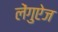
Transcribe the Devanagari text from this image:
लेंगुऐज